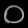
Digit: ၀